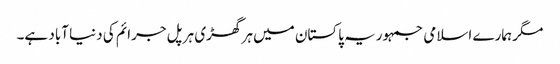
مگر ہمارے اسلامی جمہوریہ پاکستان میں ہر گھڑی ہر پل جرائم کی دنیا آباد ہے۔